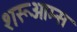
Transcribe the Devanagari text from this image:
शरूओम्स